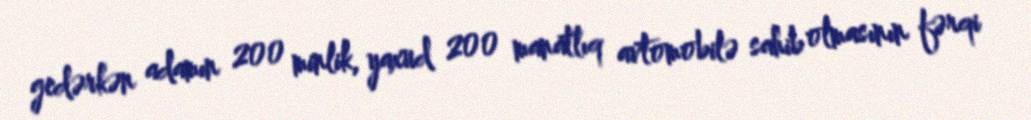
gedərkən adamın 200 minlik, yaxud 200 manatlıq avtomobilə sahib olmasının fərqi